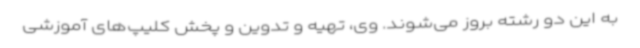
به این دو رشته بروز می‌شوند. وی، تهیه و تدوین و پخش کلیپ‌های آموزشی